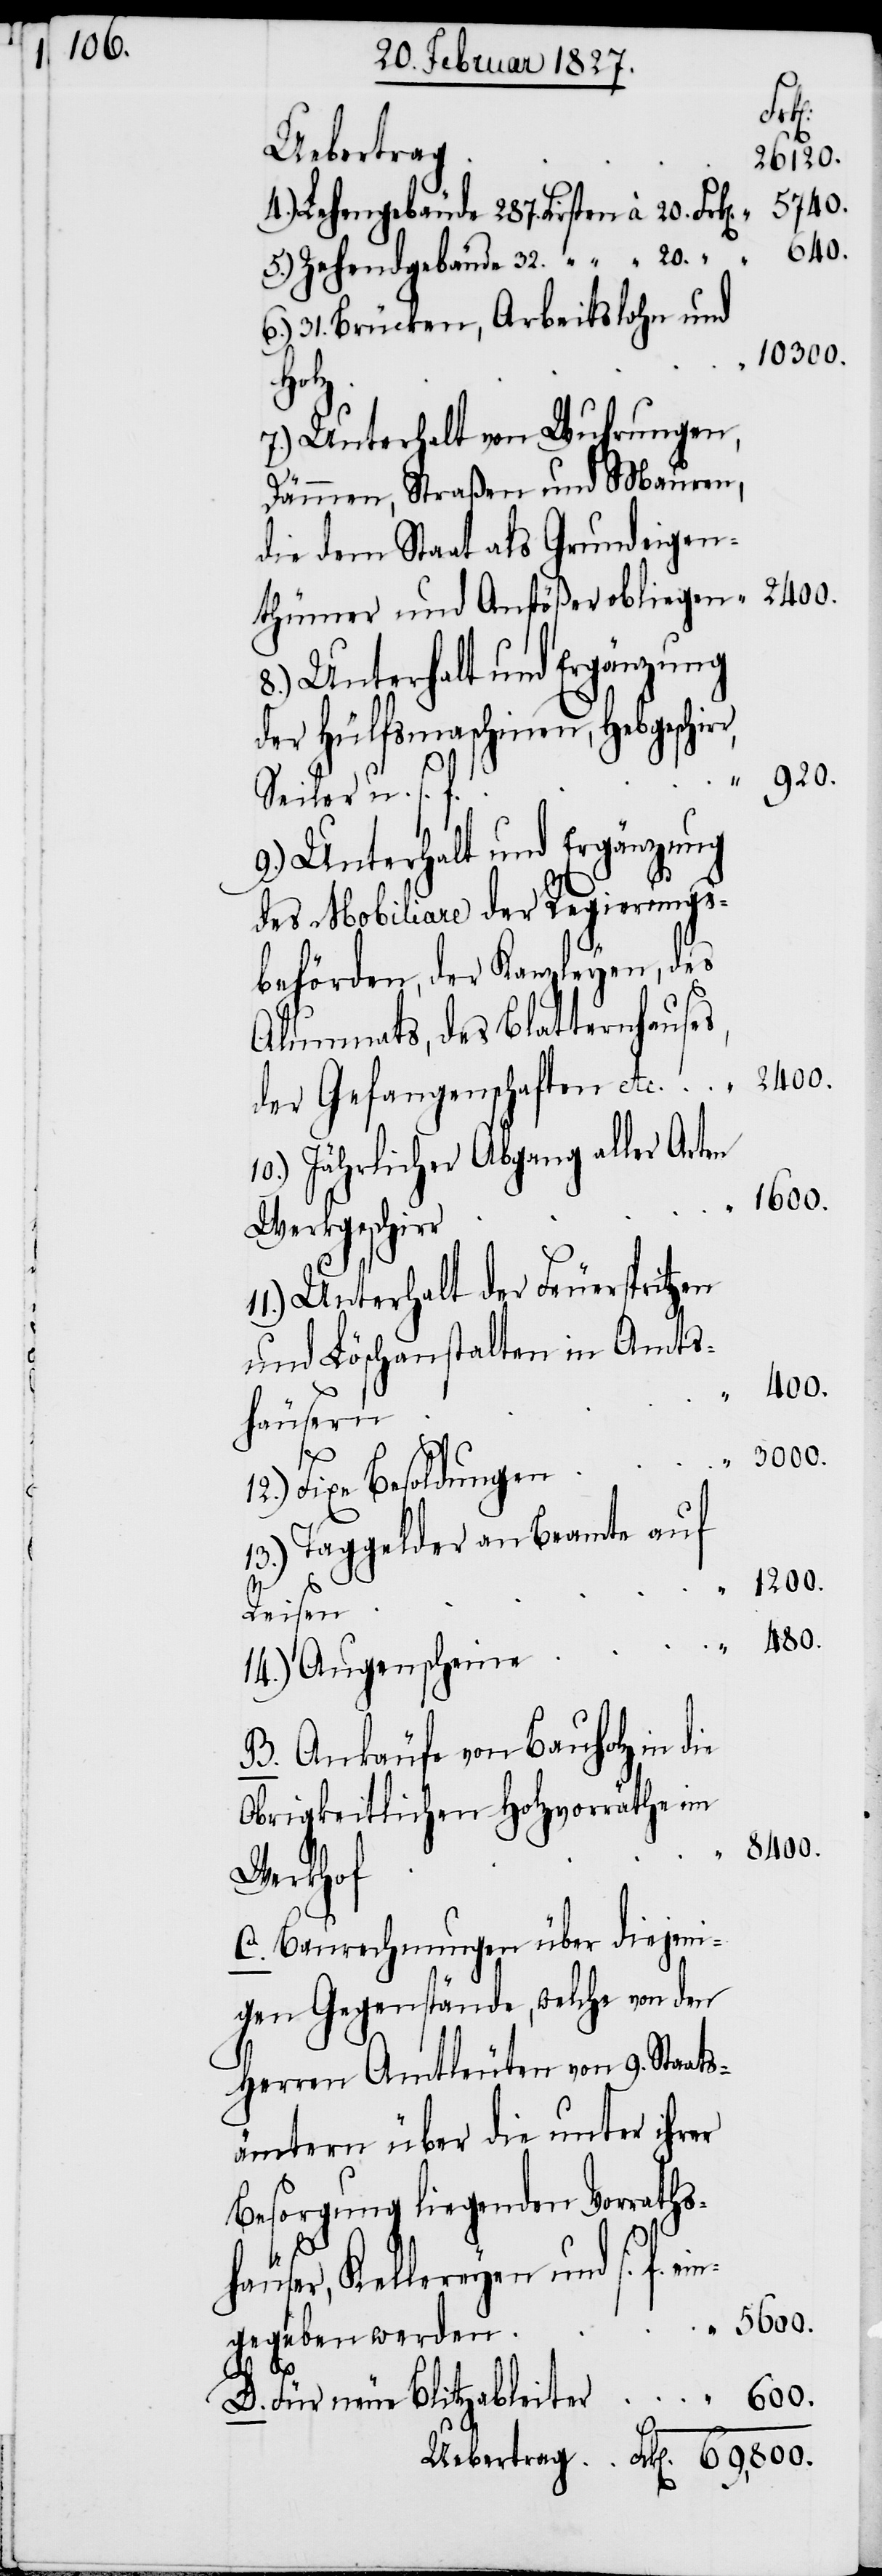
ein¬
Uebertrag
5740.
4.) Lehengebäude 287. Firsten à 20. Fr¬
8400.
6.)
5.) Zehendgebäude 32. “ “ 20.
31. Brücken, Arbeitslohn und
10300.
häu¬
7.) Unterhalt von Wuhrungen,
Dämmen, Straßen und Mauern,
die dem Staat als Grundeigen¬
thümer und Anstößer obliegen
8.) Unterhalt und Ergänzung
der Hülfsmaschinen, Habgeschir¬
920.
Seiler u. s.
9.) Unterhalt und Ergänzung
des Mobiliare der Regierungs¬
behörden, der Kanzleyen, des
Alumnats, des Blatternhause¬
der Gefangenschaften etc.
10.) Jährlicher Abgang aller Arten
1600.
Werkgeschir¬
Unterhalt der Feuerspritzen
und Löschanstalten in Amts¬
480.
häusern
12.) Fixe Besoldungen
13.) Taggelder an Beamte auf
r.
Reisen
14.) Augenscheine
B. Ankäufe von Bauholz in die
Obrigkeitlichen Holzvorräthe im
Werkhof
C. Baurechnungen über diejeni¬
gen Gegenstände, welche von den
Herren Amtleuten von 9. Staats¬
ämtern über die unter ihrer
Besorgung liegenden Vorraths¬
ser, Kellereyen und s. f.
69,800.
gegeben werden
D. Für neue Blitzableiter